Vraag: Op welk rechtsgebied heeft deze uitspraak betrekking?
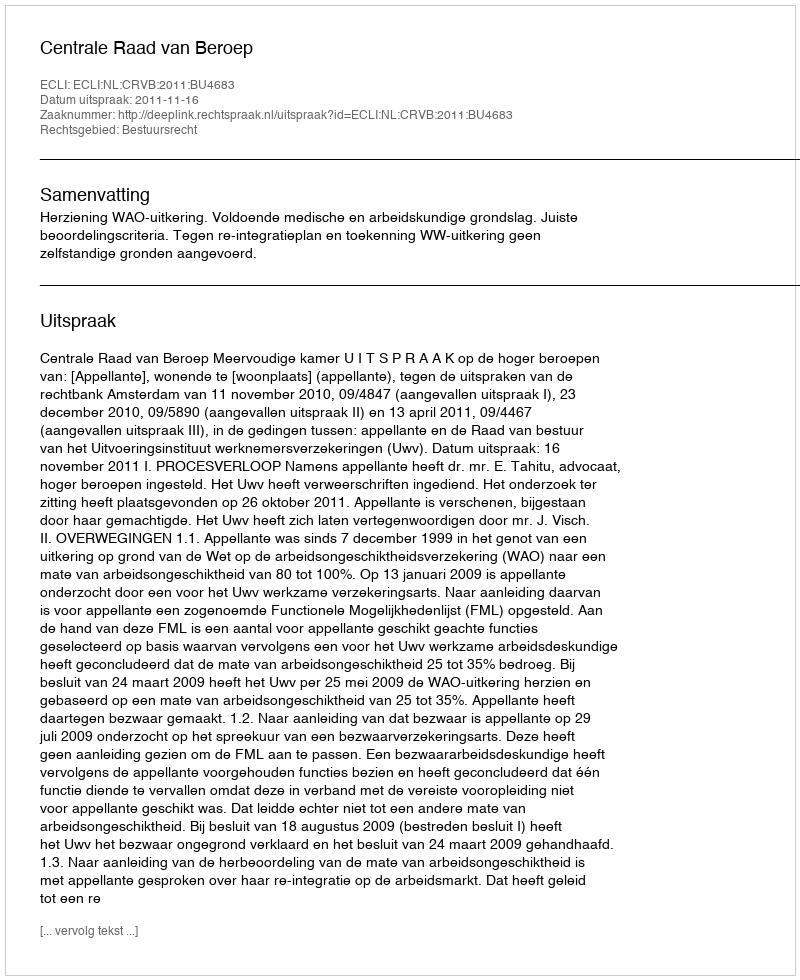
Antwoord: Bestuursrecht